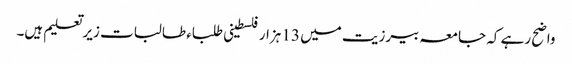
واضح رہے کہ جامعہ بیرزیت میں 13 ہزار فلسطینی طلباء طالبات زیرتعلیم ہیں۔